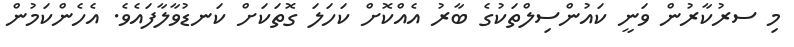
މި ސރުކާރުން ވަނީ ކައުންސިލްތަކުގެ ބާރު އެއްކޮށް ކަހަލަ ގޮތަކަށް ކަނޑުވާލާފައެވެ. އެހެންކަމުން